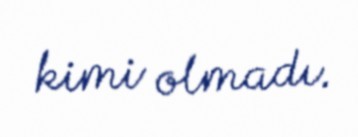
kimi olmadı.